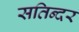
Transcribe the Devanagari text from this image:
सतिन्दर